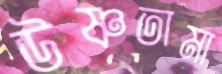
উষ্ণতামা